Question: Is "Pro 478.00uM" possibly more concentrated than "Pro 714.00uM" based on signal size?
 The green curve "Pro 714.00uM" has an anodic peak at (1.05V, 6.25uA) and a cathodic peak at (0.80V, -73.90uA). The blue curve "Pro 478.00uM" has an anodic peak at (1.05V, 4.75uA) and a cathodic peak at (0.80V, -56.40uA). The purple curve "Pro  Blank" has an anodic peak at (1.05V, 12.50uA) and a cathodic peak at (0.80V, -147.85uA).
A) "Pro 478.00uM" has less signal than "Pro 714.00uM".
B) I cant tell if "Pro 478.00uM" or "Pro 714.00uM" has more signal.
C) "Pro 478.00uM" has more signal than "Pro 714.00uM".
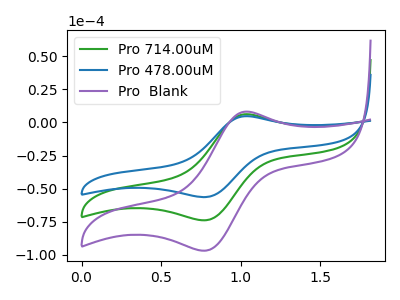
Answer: <think>All the peaks in "Pro 478.00uM" have a peak in "Pro 714.00uM" at the same potential. Every peak in "Pro 478.00uM" is lower than every peak in "Pro 714.00uM".
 </think>
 <answer>A) "Pro 478.00uM" has less signal than "Pro 714.00uM".</answer>
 <eval>A</eval>